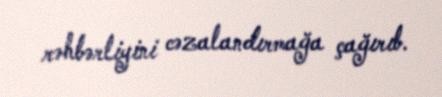
rəhbərliyini cəzalandırmağa çağırıb.